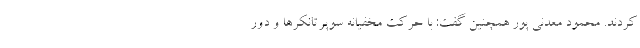
کردند. محمود معدنی پور همچنین گفت: با حرکت مخفیانه سوپرتانکرها و دور